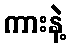
ကားနဲ့